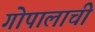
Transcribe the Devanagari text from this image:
गोपालाची